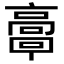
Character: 𩫗